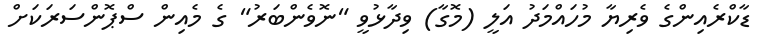
ޑާކްރެއިންގެ ވެރިޔާ މުހައްމަދު އަލީ (މޮގާ) ވިދާޅުވީ "ނޮވެންބަރު" ގެ މެއިން ސްޕޮންސަރަކަށް